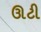
ઊટી